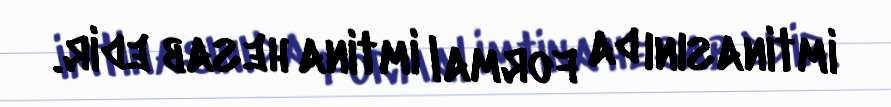
imtinasını da formal imtina hesab edir.